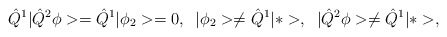
\begin{align*}\hat{Q}^1|\hat{Q}^2\phi>=\hat{Q}^1|\phi_2>=0,\;\; |\phi_2>\neq\hat{Q}^1|*>,\;\;|\hat{Q}^2\phi>\neq\hat{Q}^1|*>,\end{align*}